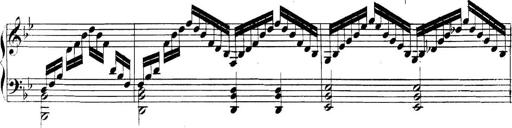
Title: Collected Piano Sonatas
Composer: Muzio Clementi